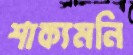
শাক্যমনি